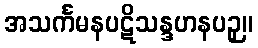
အသင်္ကမနပဋိသန္ဒဟနပဉှ။